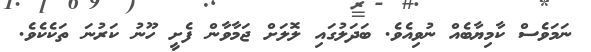
ނަމަވެސް ކާމިޔާބެއް ނުވިއެވެ. ބަދަލުގައި ލޮލަށް ޖަމާވާން ފެށީ ހޫނު ކަރުނަ ތަކެކެވެ.